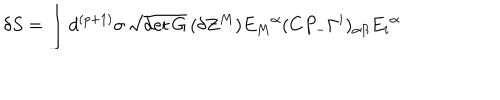
LaTeX: \delta S = \int d ^ { ( p + 1 ) } \sigma \, \sqrt { \det G } \, ( \delta Z ^ { M } ) E _ { M } { } ^ { \alpha } ( C P _ { - } \Gamma ^ { i } ) _ { \alpha \beta } E _ { i } { } ^ { \alpha }